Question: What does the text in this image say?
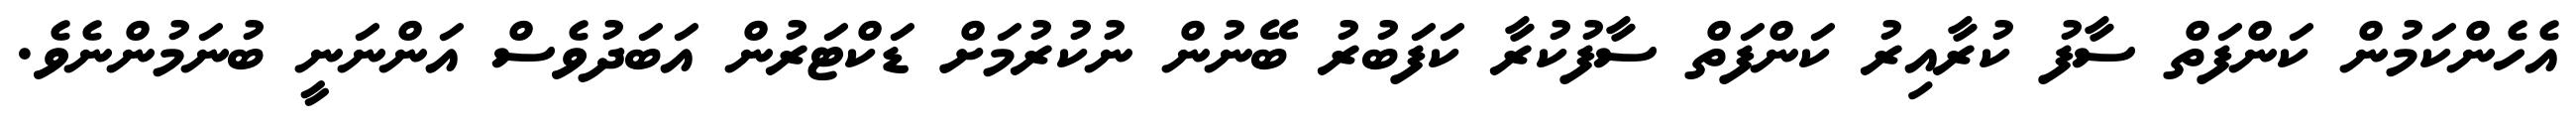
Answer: އެހެންކަމުން ކަންފަތް ސާފު ކުރާއިރު ކަންފަތް ސާފުކުރާ ކަފަބުރު ބޭނުން ނުކުރުމަށް ޑަކްޓަރުން އަބަދުވެސް އަންނަނީ ބުނަމުންނެވެ.